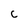
Character: c